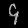
Digit: ၄